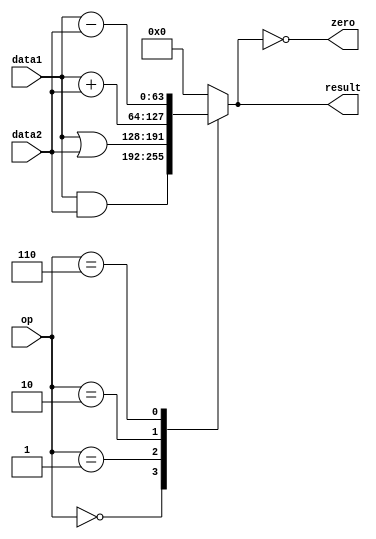
module alu(	input [63:0] data1,
					input [63:0] data2,
					input [3:0] op,
					output zero, 
					output reg [63:0] result);
	
	assign zero = (result == 0);
	
	always@(*) begin 
		case(op)
			4'b0000 : result <= data1 & data2;
			4'b0001 : result <= data1 | data2;
			4'b0010 : result <= data1 + data2;
			4'b0110 : result <= data1 - data2;
			default : result <= 64'b0;
		endcase
	end
					
endmodule